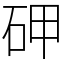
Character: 𥑐